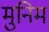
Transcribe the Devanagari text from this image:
मुनिम